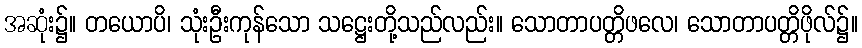
အဆုံး၌။ တယောပိ၊ သုံးဦးကုန်သော သဋ္ဌေးတို့သည်လည်း။ သောတာပတ္တိဖလေ၊ သောတာပတ္တိဖိုလ်၌။